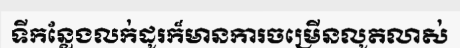
ទីកន្លែងលក់ដូរក៏មានការចម្រើនលូតលាស់